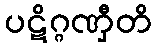
ပဋိဂ္ဂဏှီတိ